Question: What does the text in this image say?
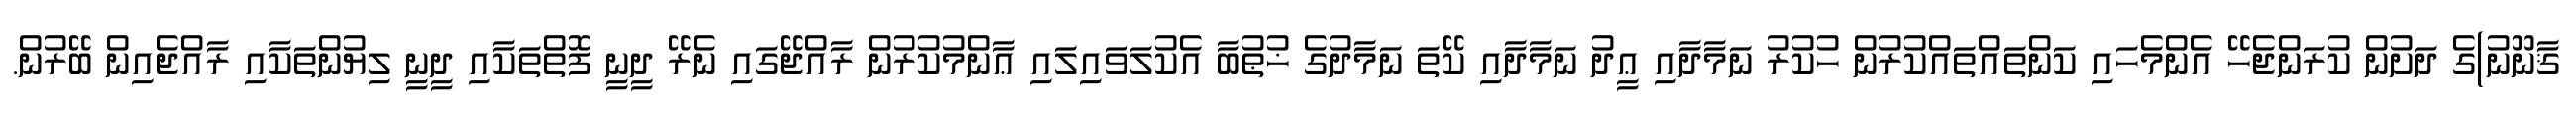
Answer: ޤާނޫނު)ގެ ދަށުން ކުރަންޖެހޭ އެންމެހައި ކަންތައްތައްކުރުން ހުކުރު ނަމާދާއި ޢީދު ނަމާދާއި ކޭތަ ނަމާދުގެ ޚުޠުބާ އެކުލަވައިލައި ޢާންމުކުރުން ރާއްޖޭގައި ނެރޭ ދީނީ ފޮތްތަކާއި ދީނީ ލިޔުންތަކާއި ރާއްޖެއިން ބޭރުން.